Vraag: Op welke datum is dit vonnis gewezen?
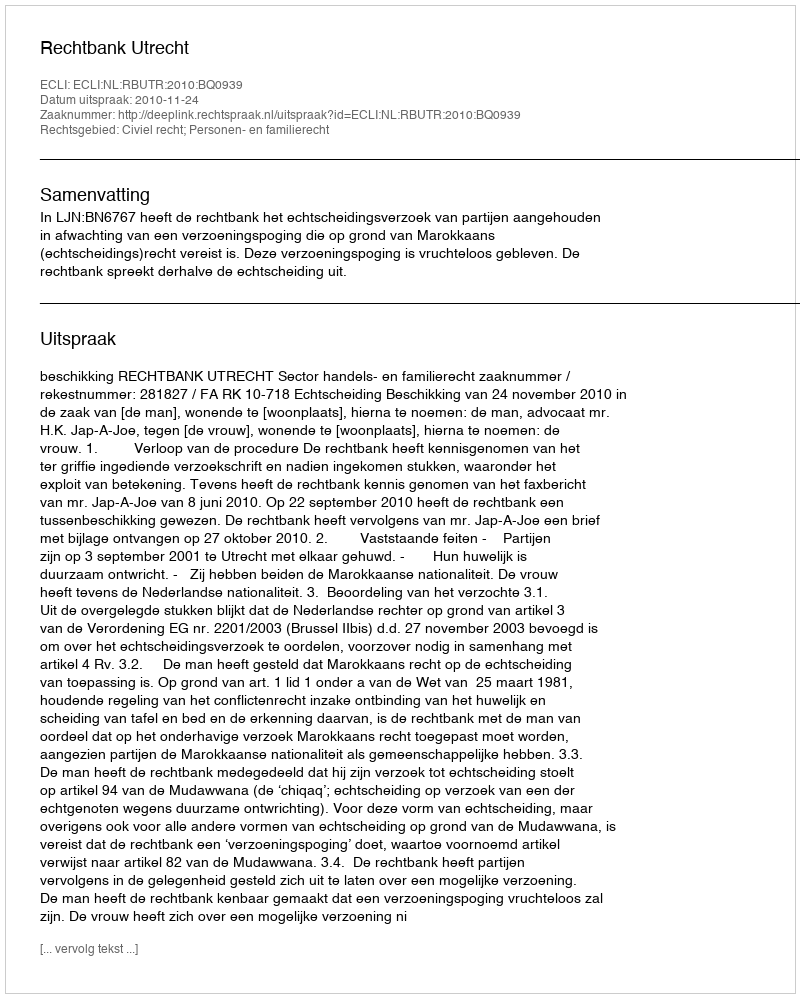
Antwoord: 2010-11-24